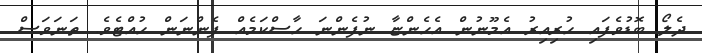
ދެލޯ ބޮޑުވެފައި ހުރިއިރު އެމޫނުން އެހެންޏާ ނުފެންނަ ހާސްކަމެއް ފެންނަން ހުއްޓެވެ. ތަނަވަސް